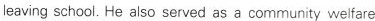
leaving school. He also served as a community welfare